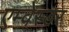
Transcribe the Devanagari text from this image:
एम्वेस्डर